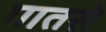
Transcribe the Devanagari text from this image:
गातसे